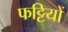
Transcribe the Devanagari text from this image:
फट्टियों